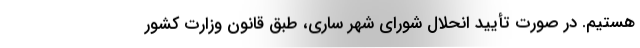
هستیم. در صورت تأیید انحلال شورای شهر ساری، طبق قانون وزارت کشور